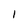
Character: 1